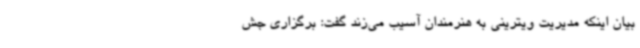
بیان اینکه مدیریت ویترینی به هنرمندان آسیب می‌زند گفت: برگزاری جش